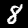
Digit: 8